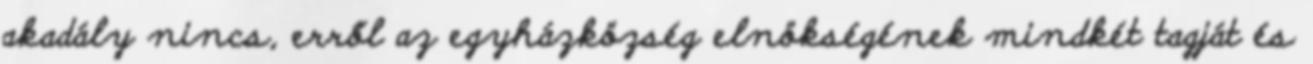
akadály nincs, erről az egyházközség elnökségének mindkét tagját és